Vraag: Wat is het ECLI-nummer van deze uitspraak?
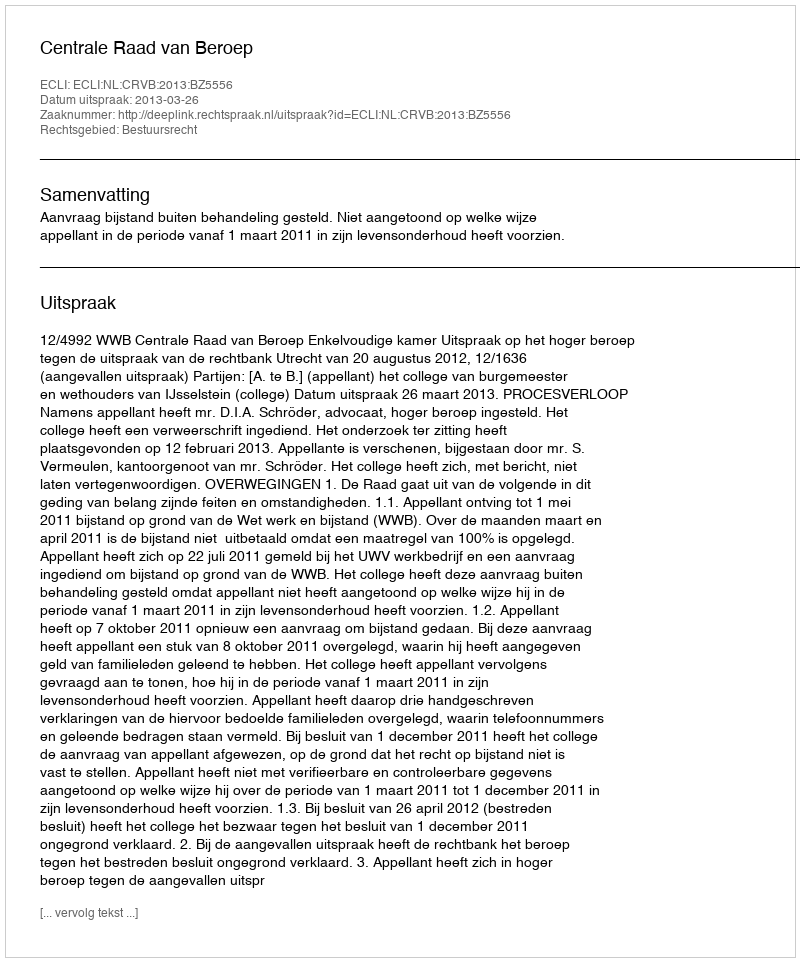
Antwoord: ECLI:NL:CRVB:2013:BZ5556